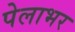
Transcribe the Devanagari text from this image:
पेलाभर